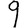
Digit: 9